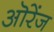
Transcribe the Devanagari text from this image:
ऒरेंज